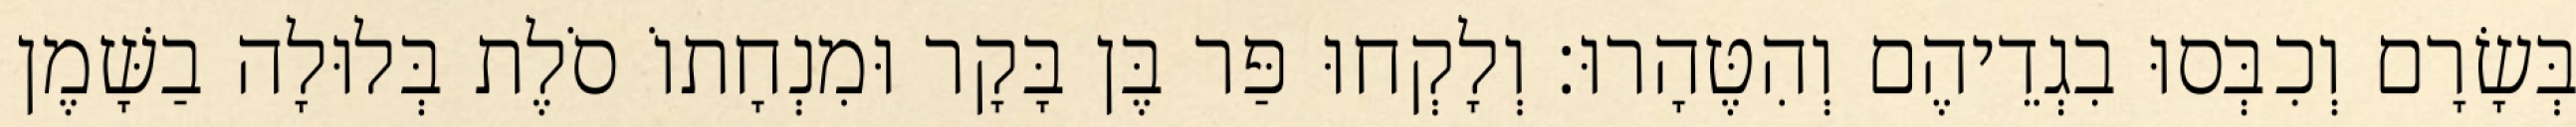
בְּשָׂרָם וְכִבְּסוּ בִגְדֵיהֶם וְהִטֶּהָרוּ׃ וְלָקְחוּ פַּר בֶּן בָּקָר וּמִנְחָתוֹ סֹלֶת בְּלוּלָה בַשָּׁמֶן